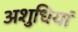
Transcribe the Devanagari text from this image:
अशुधियां